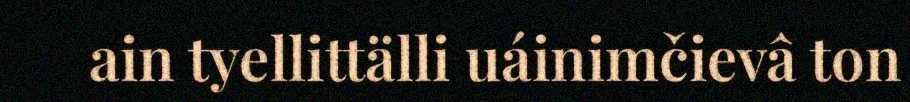
ain tyellittälli uáinimčievâ ton